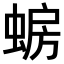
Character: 𫋈